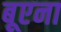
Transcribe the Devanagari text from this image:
बूएना